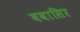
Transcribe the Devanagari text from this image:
बवासिर